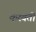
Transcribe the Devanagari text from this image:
करवतो